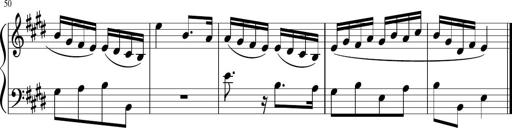
Title: 12 Keyboard Sonatinas
Composer: James Hook